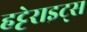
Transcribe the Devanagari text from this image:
हट्टेराइट्स